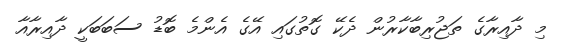
މި ދާއިރާގެ ތަޖުރިބާކާރުން ދެކޭ ގޮތުގައި އޭގެ އެންމެ ބޮޑު ސަބަބަކީ ދާއިރާއާ